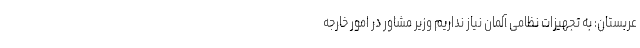
عربستان: به تجهیزات نظامی آلمان نیاز نداریم وزیر مشاور در امور خارجه